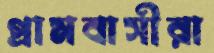
গ্রামবাসীরা